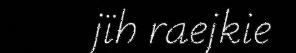
jïh raejkie